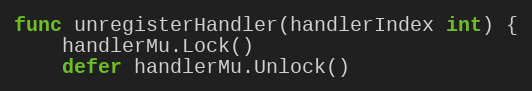
Language: Go
func unregisterHandler(handlerIndex int) {
	handlerMu.Lock()
	defer handlerMu.Unlock()